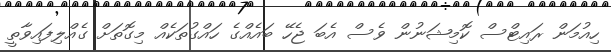
ހިއުމަން ރައިޓްސް ކޮމިޝަނުން ވެސް އެބަ ޖެހޭ ބައެއްގެ ހައްގުތަކެއް މިގޮތަށް ގެއްލިފައިވާތީ